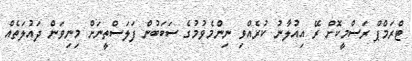
ޓްރަމްޕް ރަސްމީކޮށް ރޭ އިއުލާނު ކުރެއްވި ނިންމެވުމުގެ ސަބަބުން ފަލަސްތީނަށް މިނިވަން ދައުލަތެއް